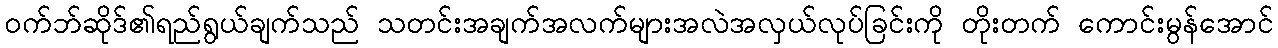
ဝက်ဘ်ဆိုဒ်၏ရည်ရွယ်ချက်သည် သတင်းအချက်အလက်များအလဲအလှယ်လုပ်ခြင်းကို တိုးတက် ကောင်းမွန်အောင်